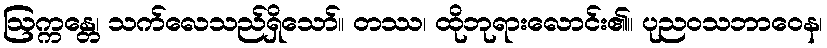
ဩက္ကန္တေ၊ သက်လေသည်ရှိသော်။ တဿ၊ ထိုဘုရားလောင်း၏။ ပုညဝသဘာဝေန၊